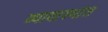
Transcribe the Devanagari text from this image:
व्यावास्थांत